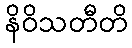
နိဝိသတီတိ